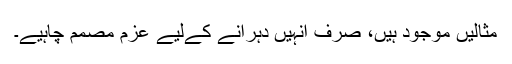
مثالیں موجود ہیں، صرف انہیں دہرانے کےلیے عزم مصمم چاہیے۔